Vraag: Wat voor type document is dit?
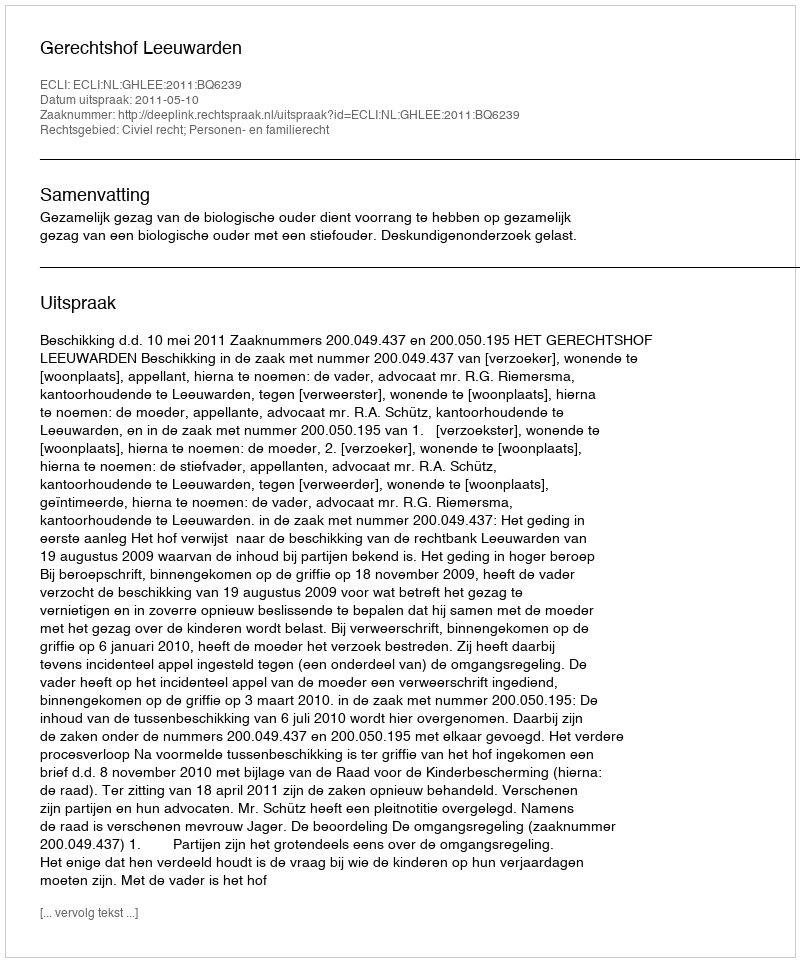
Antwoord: Uitspraak